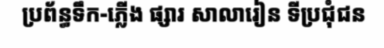
ប្រព័ន្ធទឹក-ភ្លើង ផ្សារ សាលារៀន ទីប្រជុំជន